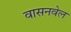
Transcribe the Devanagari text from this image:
वासनवेल